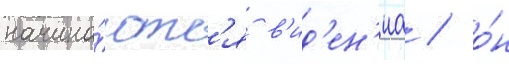
начина́ютс'я в'ид'ен'иа / о́н